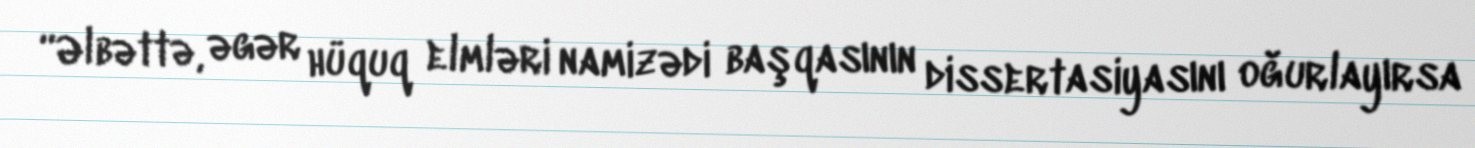
“Əlbəttə, əgər hüquq elmləri namizədi başqasının dissertasiyasını oğurlayırsa